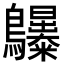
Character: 𪈫